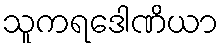
သူကရဒေါဏိယာ